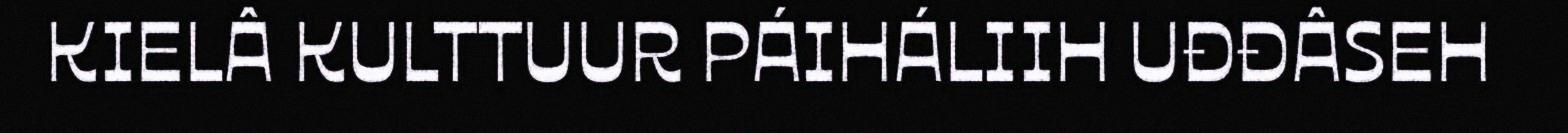
KIELÂ KULTTUUR PÁIHÁLIIH UĐĐÂSEH